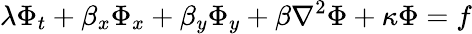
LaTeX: \lambda\Phi_{t}+\beta_{x}\Phi_{x}+\beta_{y}\Phi_{y}+\beta\nabla^{2}\Phi+\kappa\Phi=f